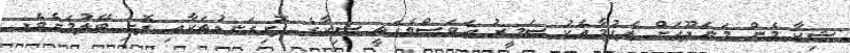
ޝިކާ މެން މަނަދޫއަށް ލެފުމާއެކު ސަމީރު އަވަސްވެގަތީ ޝިކާގެ ފޮށިގަނޑުތަކާއި ފޮށި ބޭލުމަށެވެ.